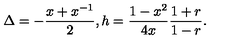
\Delta = - \frac { x + x ^ { - 1 } } { 2 } , h = \frac { 1 - x ^ { 2 } } { 4 x } \frac { 1 + r } { 1 - r } .